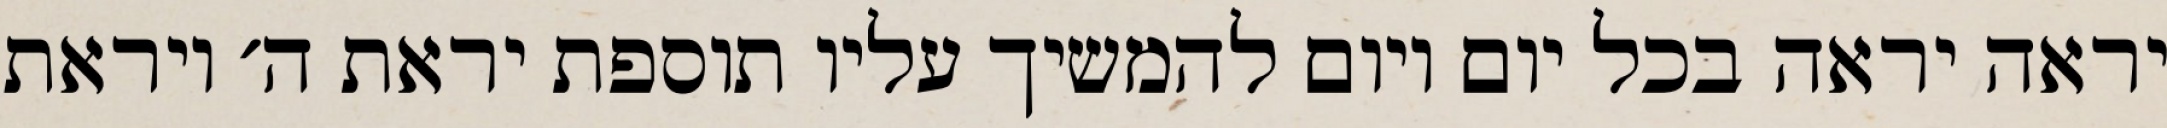
יראה יראה בכל יום ויום להמשיך עליו תוספת יראת ה׳ ויראת